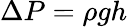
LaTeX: \Delta P=\rho gh